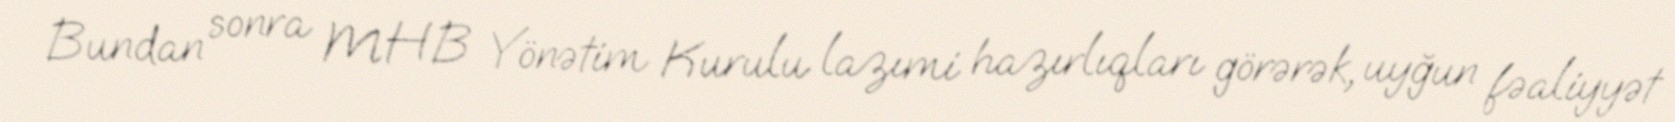
Bundan sonra MHB Yönətim Kurulu lazımi hazırlıqları görərək, uyğun fəaliyyət